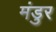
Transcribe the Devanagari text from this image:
मंडुर